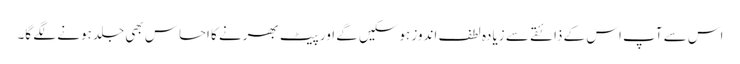
اس سے آپ اس کے ذائقے سے زیادہ لطف اندوز ہوسکیں گے اور پیٹ بھرنے کا احساس بھی جلد ہونے لگے گا۔